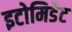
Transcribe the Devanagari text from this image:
इटोमिडेट